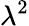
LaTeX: \lambda^{2}